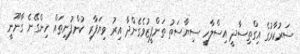
ސަރުކާރުގެ އިގްތިސާދީ އިސްލާހީ ސިޔާސަތު ތަންފީޒުވެގެންދާ އިރު ވިޔަފާރި ކުންފުނިތައް ހިންގޭނެ ގާނޫނީ